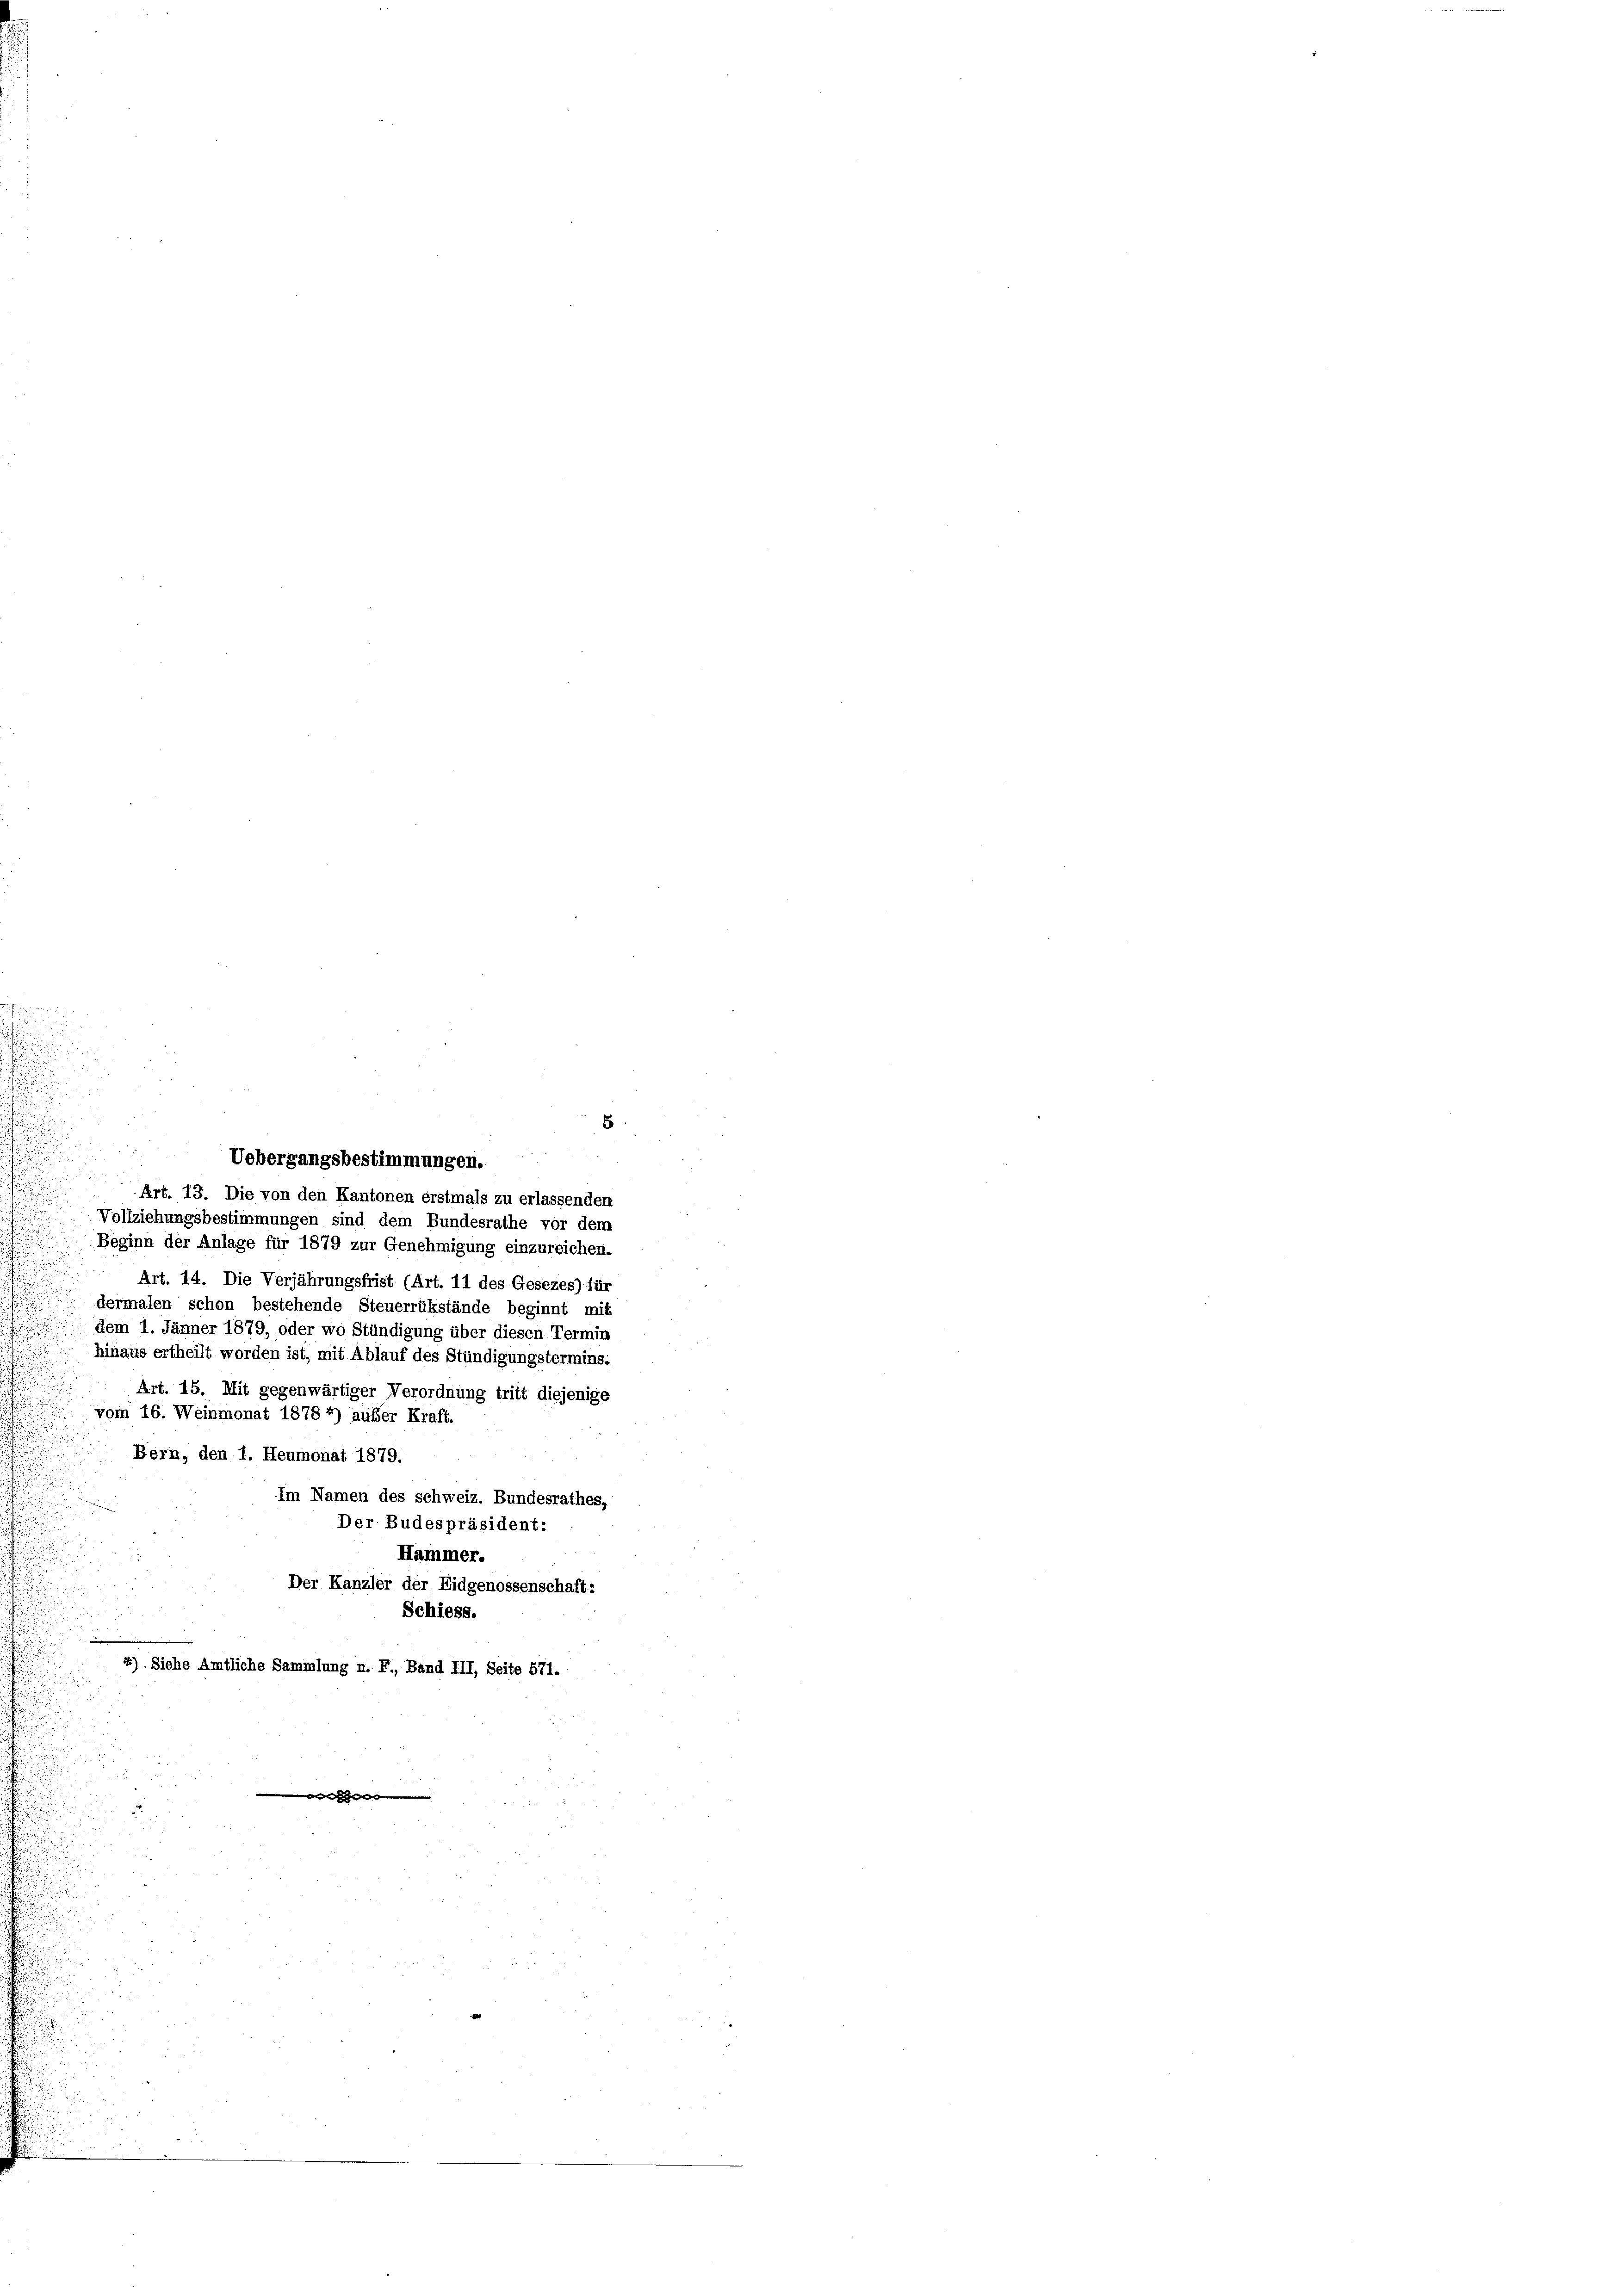
.

¬
.
e

5
u
Uebergangsbestimmungen.
.
.
Art. 19. Die von den Kantonen erstmals zu erlassenden
Vollziehungsbestimmungen sind dem Bundesrathe vor dem
Beginn der Anlage für 1879 zur Genehmigung einzureichen.
Art. 14. Die Verjährungsfrist (Art. 11 des Gesezes) für
dermalen schon bestehende Steuerrükstände beginnt mit
dem 1. Jänner 1879, oder wo Stündigung über diesen Termin
hinaus ertheilt worden ist, mit Ablauf des Stündigungstermins.
Art. 15. Mit gegenwärtiger Verordnung tritt diejenige
vom 16. Weinmonat 1878 *) außer Kraft.
Bern, den 1. Heumonat 1879.
Im Namen des schweiz. Bundesrathes,
a
Der Budespräsident:
Hammer.
Der Kanzler der Eidgenossenschaft:
.
Schiess.
2). Siehe Amtliche Sammlung n. F., Band III, Seite 571.